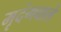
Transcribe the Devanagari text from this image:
मृदंगवाले